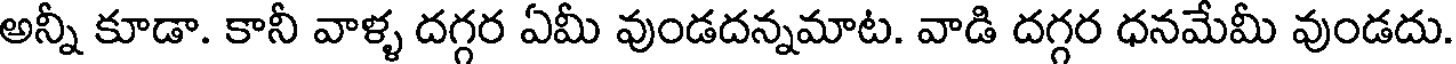
అన్నీ కూడా. కానీ వాళ్ళ దగ్గర ఏమీ వుండదన్నమాట. వాడి దగ్గర ధనమేమీ వుండదు.